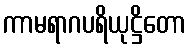
ကာမရာဂပရိယုဋ္ဌိတော